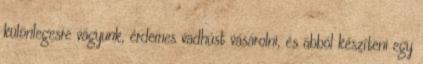
különlegesre vágyunk, érdemes vadhúst vásárolni, és abból készíteni egy